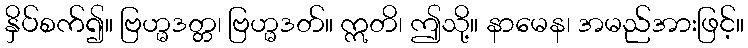
နှိပ်စက်၍။ ဗြဟ္မဒတ္တ၊ ဗြဟ္မဒတ်။ ဣတိ၊ ဤသို့။ နာမေန၊ အမည်အားဖြင့်။